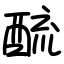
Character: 酼